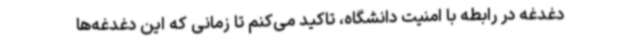
دغدغه در رابطه با امنیت دانشگاه، تاکید می‌کنم تا زمانی که این دغدغه‌ها